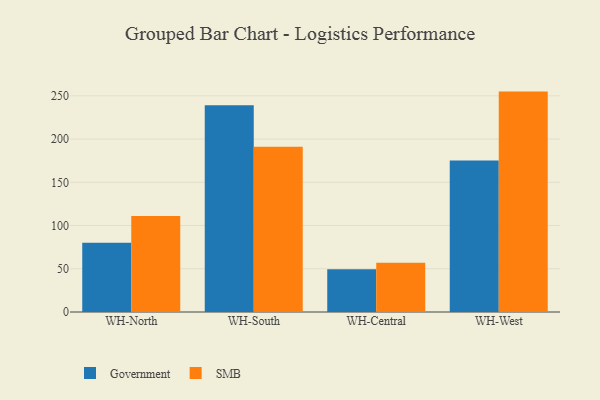
{"axis": {"x": "Warehouse", "y": "Latency (ms)"}, "legend": ["Government", "SMB"], "data": [{"x": "WH-North", "y": 80.0, "type": "Government"}, {"x": "WH-North", "y": 111.1, "type": "SMB"}, {"x": "WH-South", "y": 239.1, "type": "Government"}, {"x": "WH-South", "y": 191.1, "type": "SMB"}, {"x": "WH-Central", "y": 49.4, "type": "Government"}, {"x": "WH-Central", "y": 56.9, "type": "SMB"}, {"x": "WH-West", "y": 175.2, "type": "Government"}, {"x": "WH-West", "y": 254.9, "type": "SMB"}]}